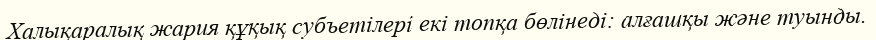
Халықаралық жария құқық субъетілері екі топқа бөлінеді: алғашқы және туынды.